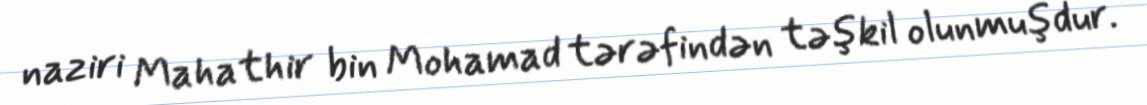
naziri Mahathir bin Mohamad tərəfindən təşkil olunmuşdur.